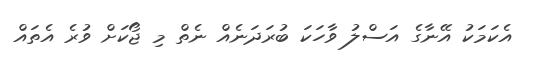
އެކަމަކު އޭނާގެ އަސްލު ވާހަކަ ބުރަދަނެއް ނެތް މި ޖޯކަށް ވުރެ އެތައް